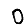
Digit: 0